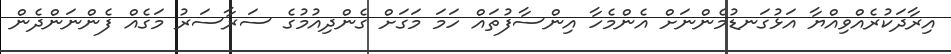
އިރާދަކުރެއްވިއްޔާ އަޅުގަނޑުމެންނަށް އެންމެހާ އިންސާފުތައް ހަމަ މަގަށް ގެންދިއުމުގެ ސަރާސަރު މަގެއް ފެންނަންދެން